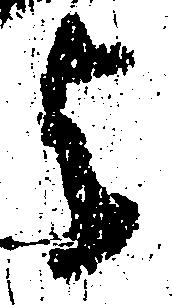
与